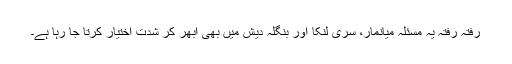
رفتہ رفتہ یہ مسئلہ میانمار، سری لنکا اور بنگلہ دیش میں بھی اُبھر کر شدت اختیار کرتا جا رہا ہے۔